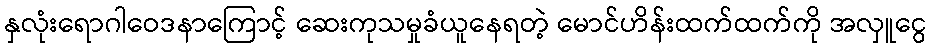
နှလုံးရောဂါဝေဒနာကြောင့် ဆေးကုသမှုခံယူနေရတဲ့ မောင်ဟိန်းထက်ထက်ကို အလှူငွေ